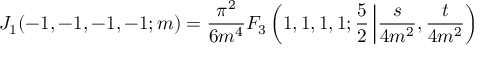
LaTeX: J _ { 1 } ( - 1 , - 1 , - 1 , - 1 ; m ) = \frac { \pi ^ { 2 } } { 6 m ^ { 4 } } F _ { 3 } \left( 1 , 1 , 1 , 1 ; \frac { 5 } { 2 } \left| \frac { s } { 4 m ^ { 2 } } , \frac { t } { 4 m ^ { 2 } } \right) \right.